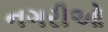
નગરીઓ